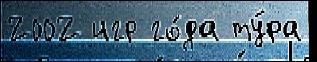
2002 игр го́да ту́ра